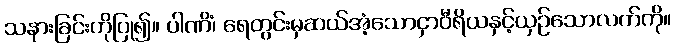
သနားခြင်းကိုပြု၍။ ပါဏိံ၊ ရေတွင်းမှဆယ်အံ့သောငှာဝီရိယနှင့်ယှဉ်သောလက်ကို။